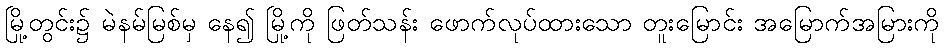
မြို့တွင်း၌ မဲနမ်မြစ်မှ နေ၍ မြို့ကို ဖြတ်သန်း ဖောက်လုပ်ထားသော တူးမြောင်း အမြောက်အမြားကို